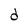
Character: d